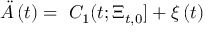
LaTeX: \ddot { A } \left( t \right) = \, \, C _ { 1 } ( t ; \Xi _ { t , 0 } ] + \xi \left( t \right)